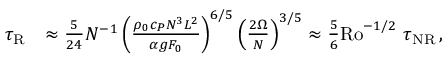
\begin{array} { r l } { \tau _ { \mathrm { R } } } & { \approx \frac { 5 } { 2 4 } N ^ { - 1 } \left( \frac { \rho _ { 0 } c _ { P } N ^ { 3 } L ^ { 2 } } { \alpha g F _ { 0 } } \right) ^ { 6 / 5 } \left( \frac { 2 \Omega } { N } \right) ^ { 3 / 5 } \approx \frac { 5 } { 6 } \mathrm { R o } ^ { - 1 / 2 } ~ \tau _ { \mathrm { N R } } \, , } \end{array}